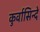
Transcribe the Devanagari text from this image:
कुर्वासिन्दे